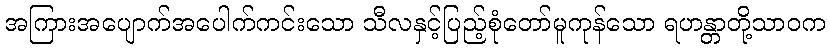
အကြားအပျောက်အပေါက်ကင်းသော သီလနှင့်ပြည့်စုံတော်မူကုန်သော ရဟန္တာတို့သာဝက